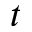
t